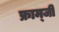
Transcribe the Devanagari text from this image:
फ्राम्जी